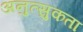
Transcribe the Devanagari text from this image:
अनुत्सुकता